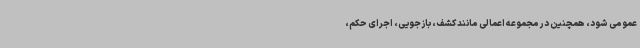
عمومی ‌شود، همچنین در مجموعه اعمالی مانند کشف، بازجویی، اجرای حکم،